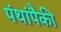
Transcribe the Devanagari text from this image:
पंथांपैकी